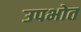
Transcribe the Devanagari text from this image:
उपभोत